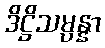
ဒိဋ္ဌိသမ္ပန္နာ